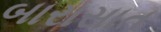
બારાસાત